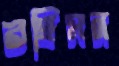
রহিমন